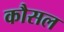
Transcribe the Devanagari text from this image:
कौसल